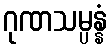
ဂုဏသမ္ပန္နံ